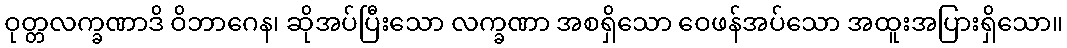
ဝုတ္တလက္ခဏာဒိ ဝိဘာဂေန၊ ဆိုအပ်ပြီးသော လက္ခဏာ အစရှိသော ဝေဖန်အပ်သော အထူးအပြားရှိသော။